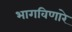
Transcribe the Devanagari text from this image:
भागविणारे